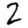
Digit: 2